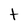
Character: t